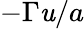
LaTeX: -\Gamma\mathit{u}/a